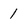
Character: 1